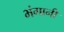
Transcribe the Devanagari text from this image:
भंगानी